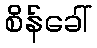
စိန်ခေါ်